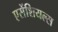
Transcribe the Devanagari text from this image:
एसेंशियल्स